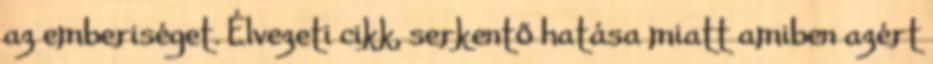
az emberiséget. Élvezeti cikk, serkentő hatása miatt amiben azért